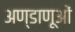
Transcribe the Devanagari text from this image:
अण्डाणूओं